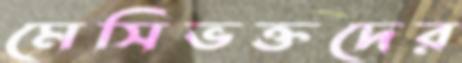
মেসিভক্তদের